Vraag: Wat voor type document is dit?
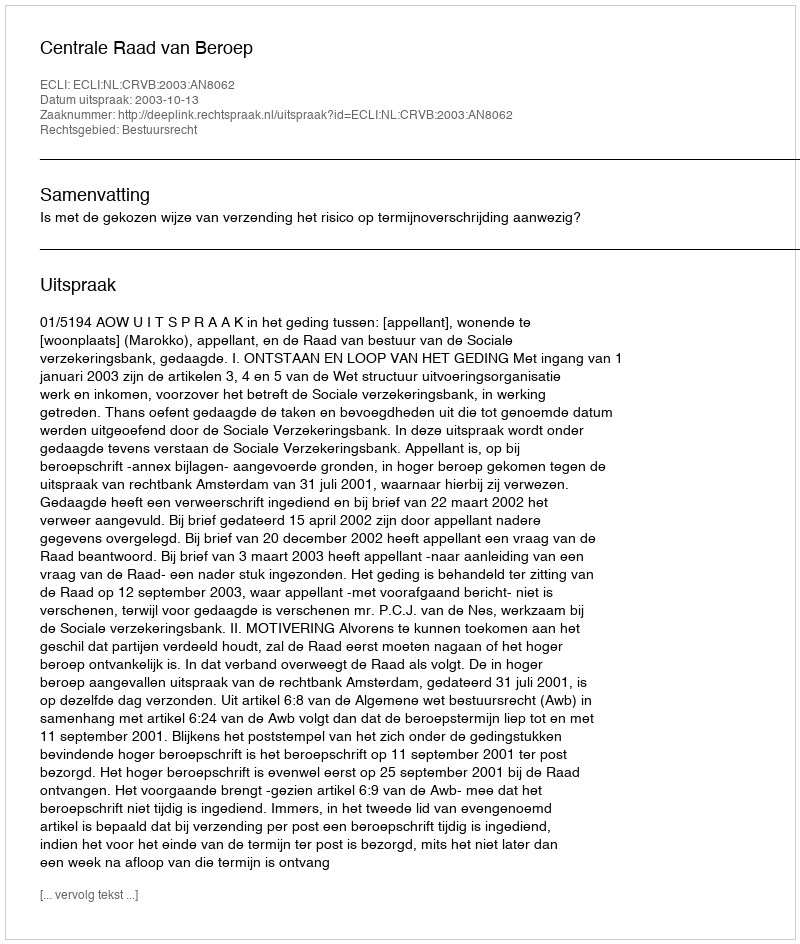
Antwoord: Uitspraak